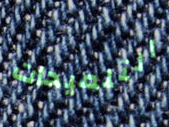
التلميحات